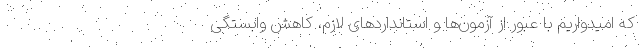
که امیدواریم با عبور از آزمون‌ها و استانداردهای لازم، کاهش وابستگی